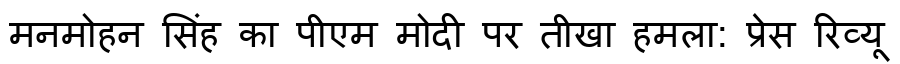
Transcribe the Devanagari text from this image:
मनमोहन सिंह का पीएम मोदी पर तीखा हमला: प्रेस रिव्यू